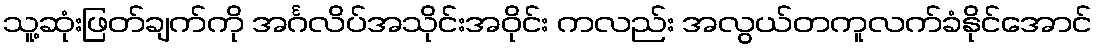
သူ့ဆုံးဖြတ်ချက်ကို အင်္ဂလိပ်အသိုင်းအဝိုင်း ကလည်း အလွယ်တကူလက်ခံနိုင်အောင်